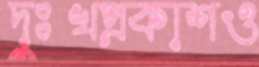
দুঃখপ্রকাশও